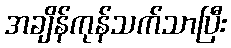
အချိန်ကုန်သက်သာပြီး